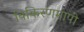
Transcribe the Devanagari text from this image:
विकिरणमापी